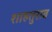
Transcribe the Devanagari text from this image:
शाहतुराब